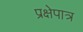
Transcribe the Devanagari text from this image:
प्रक्षेपात्र